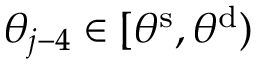
\theta _ { j - 4 } \in [ \theta ^ { \mathrm { { s } } } , \theta ^ { \mathrm { { d } } } )